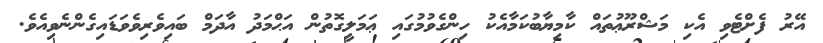
އޭރު ފެށްޓެވި އެކި މަޝްރޫޢުތައް ކާމިޔާބުކަމާއެކު ހިންގެވުމުގައި ޢަމަލީގޮތުން އަޙްމަދު އާދަމް ބައިވެރިވެވަޑައިގެންނެވިއެވެ.